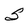
Character: S